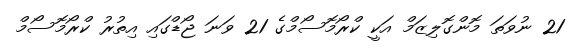
21 ނުވަތަ މޮންގޮލިޒަމް އަކީ ކްރޯމޮސޯމްގެ 21 ވަނަ ޖޯޑްގައި އިތުރު ކްރޯމޮސޯމް